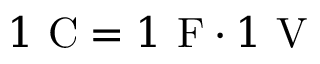
1 ~ { \mathrm { C } } = 1 ~ { \mathrm { F } } \cdot 1 ~ { \mathrm { V } }